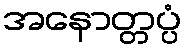
အနောတ္တပ္ပံ